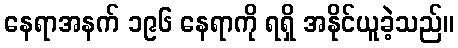
နေရာအနက် ၁၉၆ နေရာကို ရရှိ အနိုင်ယူခဲ့သည်။